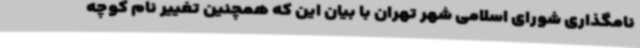
نامگذاری شورای اسلامی شهر تهران با بیان این که همچنین تغییر نام کوچه